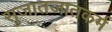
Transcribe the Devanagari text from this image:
सुजातजातकर्म